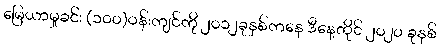
မြေယာမှုခင်း (၁၀၀)ဝန်းကျင်ကို ၂၀၁၂ခုနှစ်ကနေ ဒီနေ့တိုင် ၂၀၂၀ ခုနှစ်